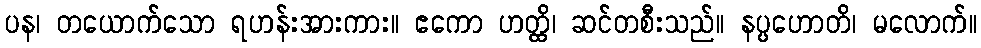
ပန၊ တယောက်သော ရဟန်းအားကား။ ဧကော ဟတ္ထိ၊ ဆင်တစီးသည်။ နပ္ပဟောတိ၊ မလောက်။